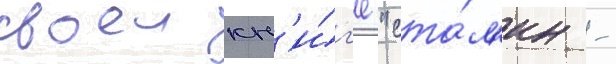
своеи кн'и́г'е "ста́л'ин -